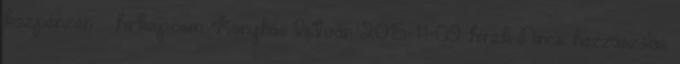
közpénzen – hirkep.com Konyhás István 2015-11-09 hírek Nincs hozzászólás